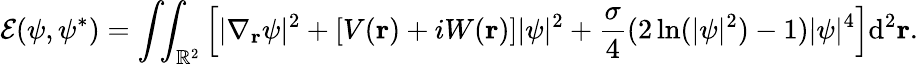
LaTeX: \mathcal{E}(\psi,\psi^{\ast})=\int\! \! \int_{\mathbb{R}^{2}}\left[|\nabla_{\mathbf{r}}\psi|^{2}+[V({\mathbf{r}})+iW({\mathbf{r}})]|\psi|^{2}+\frac{\sigma}{4}(2\ln(|\psi|^{2})-1)|\psi|^{4}\right]\mathrm{d}^{2}{\mathbf{r}}.